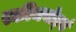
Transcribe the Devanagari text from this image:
स्कीमबोर्ड्स